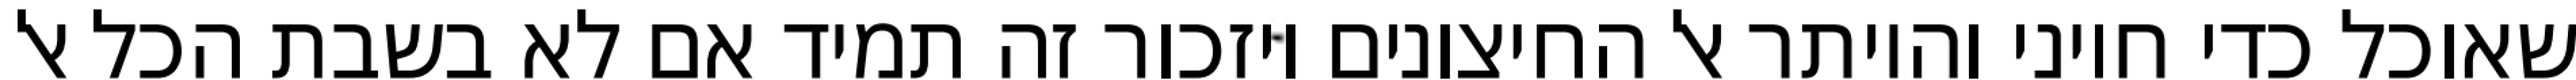
שאוכל כדי חיוני והיותר אל החיצונים ויזכור זה תמיד אם לא בשבת הכל אל